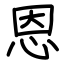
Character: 恩